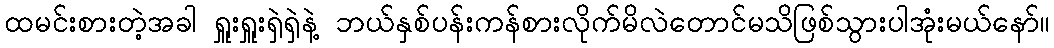
ထမင်းစားတဲ့အခါ ရှူးရှူးရှဲရှဲနဲ့ ဘယ်နှစ်ပန်းကန်စားလိုက်မိလဲတောင်မသိဖြစ်သွားပါအုံးမယ်နော်။